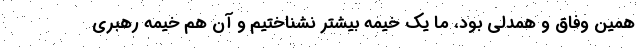
همین وفاق و همدلی بود، ما یک خیمه بیشتر نشناختیم و آن هم خیمه رهبری